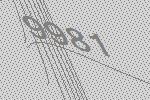
9981